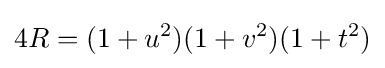
4R=(1+u^{2})(1+v^{2})(1+t^{2})